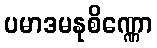
ပမာဒမနုစိဏ္ဏော